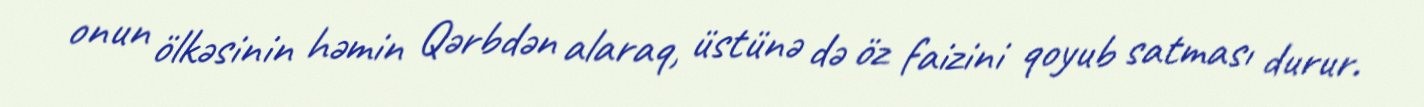
onun ölkəsinin həmin Qərbdən alaraq, üstünə də öz faizini qoyub satması durur.